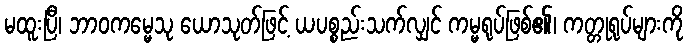
မထူးပြီ၊ ဘာဝကမ္မေသု ယောသုတ်ဖြင့် ယပစ္စည်းသက်လျှင် ကမ္မရုပ်ဖြစ်၏၊ ကတ္တုရုပ်များကို